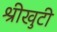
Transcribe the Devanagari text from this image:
श्रीखुटी